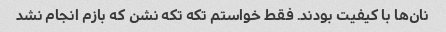
نان‌ها با کیفیت بودند. فقط خواستم تکه تکه نشن که بازم انجام نشد